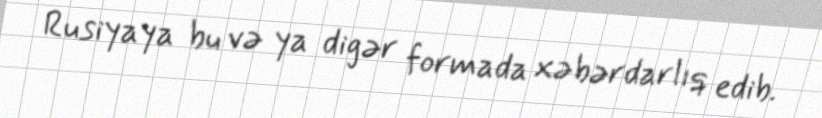
Rusiyaya bu və ya digər formada xəbərdarlıq edib.